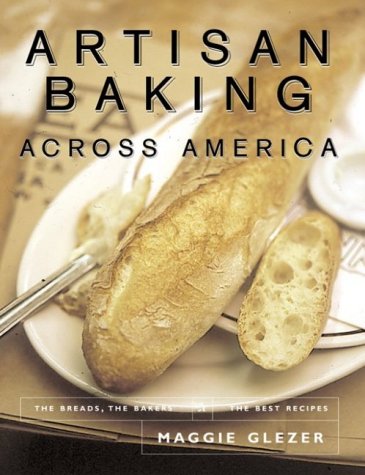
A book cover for Artisan Baking Across America: The Breads, the Bakers, the Best Recipes; Maggie Glezer; Cookbooks, Food & Wine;